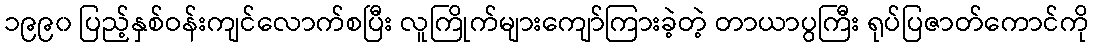
၁၉၉၀ ပြည့်နှစ်ဝန်းကျင်လောက်စပြီး လူကြိုက်များကျော်ကြားခဲ့တဲ့ တာယာပွကြီး ရုပ်ပြဇာတ်ကောင်ကို